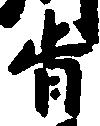
旨